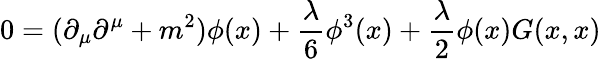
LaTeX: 0=(\partial_{\mu}\partial^{\mu}+m^{2}){\phi(x)}+{\frac{\lambda}{6}}\phi^{3}(x)+{\frac{\lambda}{2}}\phi(x)G(x,x)